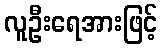
လူဦးရေအားဖြင့်